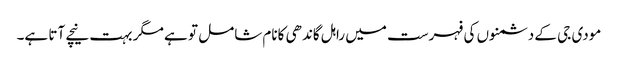
مودی جی کے دشمنوں کی فہرست میں راہل گاندھی کانام شامل تو ہے مگر بہت نیچے آتا ہے۔